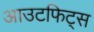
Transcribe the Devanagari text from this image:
आउटफिट्स